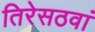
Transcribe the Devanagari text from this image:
तिरेसठवां